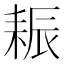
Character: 𦓶